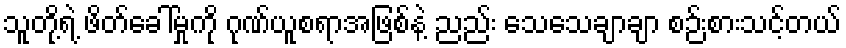
သူတို့ရဲ့ ဖိတ်ခေါ်မှုကို ဂုဏ်ယူစရာအဖြစ်နဲ့ ညည်း သေသေချာချာ စဉ်းစားသင့်တယ်